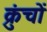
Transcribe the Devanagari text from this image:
क्रुंचों